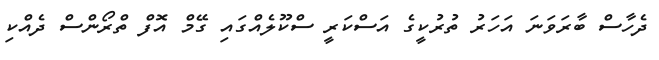
ދެހާސް ބާރަވަނަ އަހަރު ތުރުކީގެ އަސްކަރީ ސްކޫލެއްގައި ގޭމް އޮފް ތްރޯންސް ދެއްކި